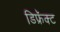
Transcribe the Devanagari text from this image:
डिफ्रॅक्ट